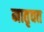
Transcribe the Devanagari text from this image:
मातृवत